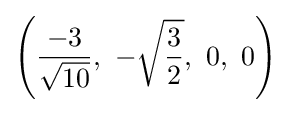
\left({\frac {-3}{\sqrt {10}}},\ -{\sqrt {\frac {3}{2}}},\ 0,\ 0\right)